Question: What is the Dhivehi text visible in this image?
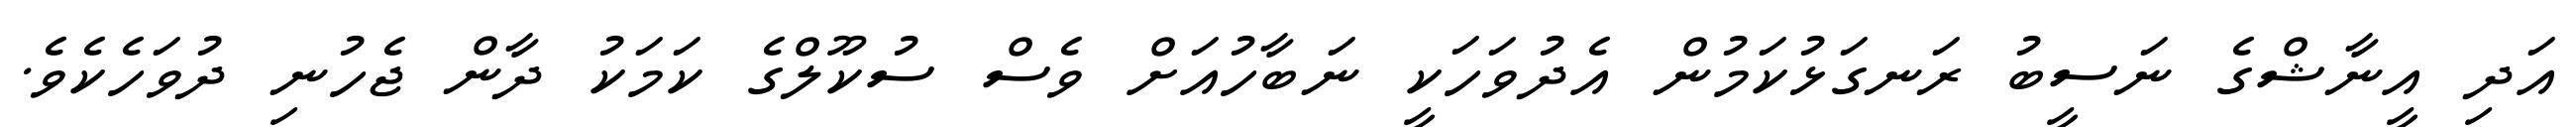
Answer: އަދި އީނާޝްގެ ނަސީބު ރަނގަޅުކަމުން އެދުވަހަކީ ނަބާހުއަށް ވެސް ސުކޫލްގެ ކަމަކު ދާން ޖެހުނި ދުވަހެކެވެ.